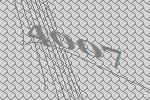
4007